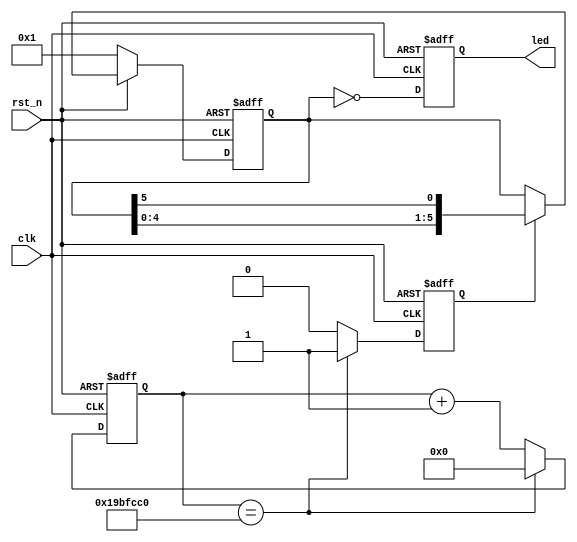
`timescale 1ns  /  1ns

module water_led#(
    parameter   LED_NUM      =     6                ,   // led quantity
    parameter   COUNT_WIDTH  =     36               ,   // time counter bit quantity
    parameter   COUNT_MAX    =     27_000_000       ,   // max count value
    // LED MODE 1 ? 0 -> on       
    parameter   LED_MODE     =     0                    // led control mode: if 1 --> led on  or  0 --> led on                     
)(
    input                                       clk                     ,
    input                                       rst_n                   ,

    output      [LED_NUM-1:0]                   led                     
);


reg     [LED_NUM-1: 0]     curr_state                   ;
reg     [LED_NUM-1: 0]     next_state                   ;
reg     [LED_NUM-1:0]      led_out                      ;

reg                        time_en                      ;
reg     [COUNT_WIDTH-1:0]  time_count                   ;


always  @(posedge   clk or negedge rst_n) begin 
    if( !rst_n ) begin
        time_count <= {COUNT_WIDTH{1'b0}};
        time_en    <=  1'b0;
    end
    else begin
        if( time_count == COUNT_MAX) begin
            time_count <= {COUNT_WIDTH{1'b0}};
            time_en    <= 1'b1;
        end 
        else begin
            time_en    <= 1'b0;
            time_count <= time_count + 1'b1;
        end

    end
end

always @(posedge clk or negedge rst_n) begin
    if( !rst_n ) 
          curr_state <=  {{(LED_NUM-1){1'b0}},1'b1};
    else
          curr_state <= next_state;

end

always @(*) begin
    if(!rst_n )
        next_state = {{(LED_NUM-1){1'b0}},1'b1};
    else begin
        if( time_en )  
            next_state = {curr_state[LED_NUM-2:0],curr_state[LED_NUM-1]};
        else
            next_state = curr_state;
    end
end

always @(posedge clk or negedge rst_n) begin
    if(!rst_n ) 
        led_out <= {LED_NUM{1'b0}};
    else begin
        if( LED_MODE == 1) 
               led_out <= curr_state;
        else
               led_out <= ~curr_state;
    end
end

assign led = led_out;

endmodule